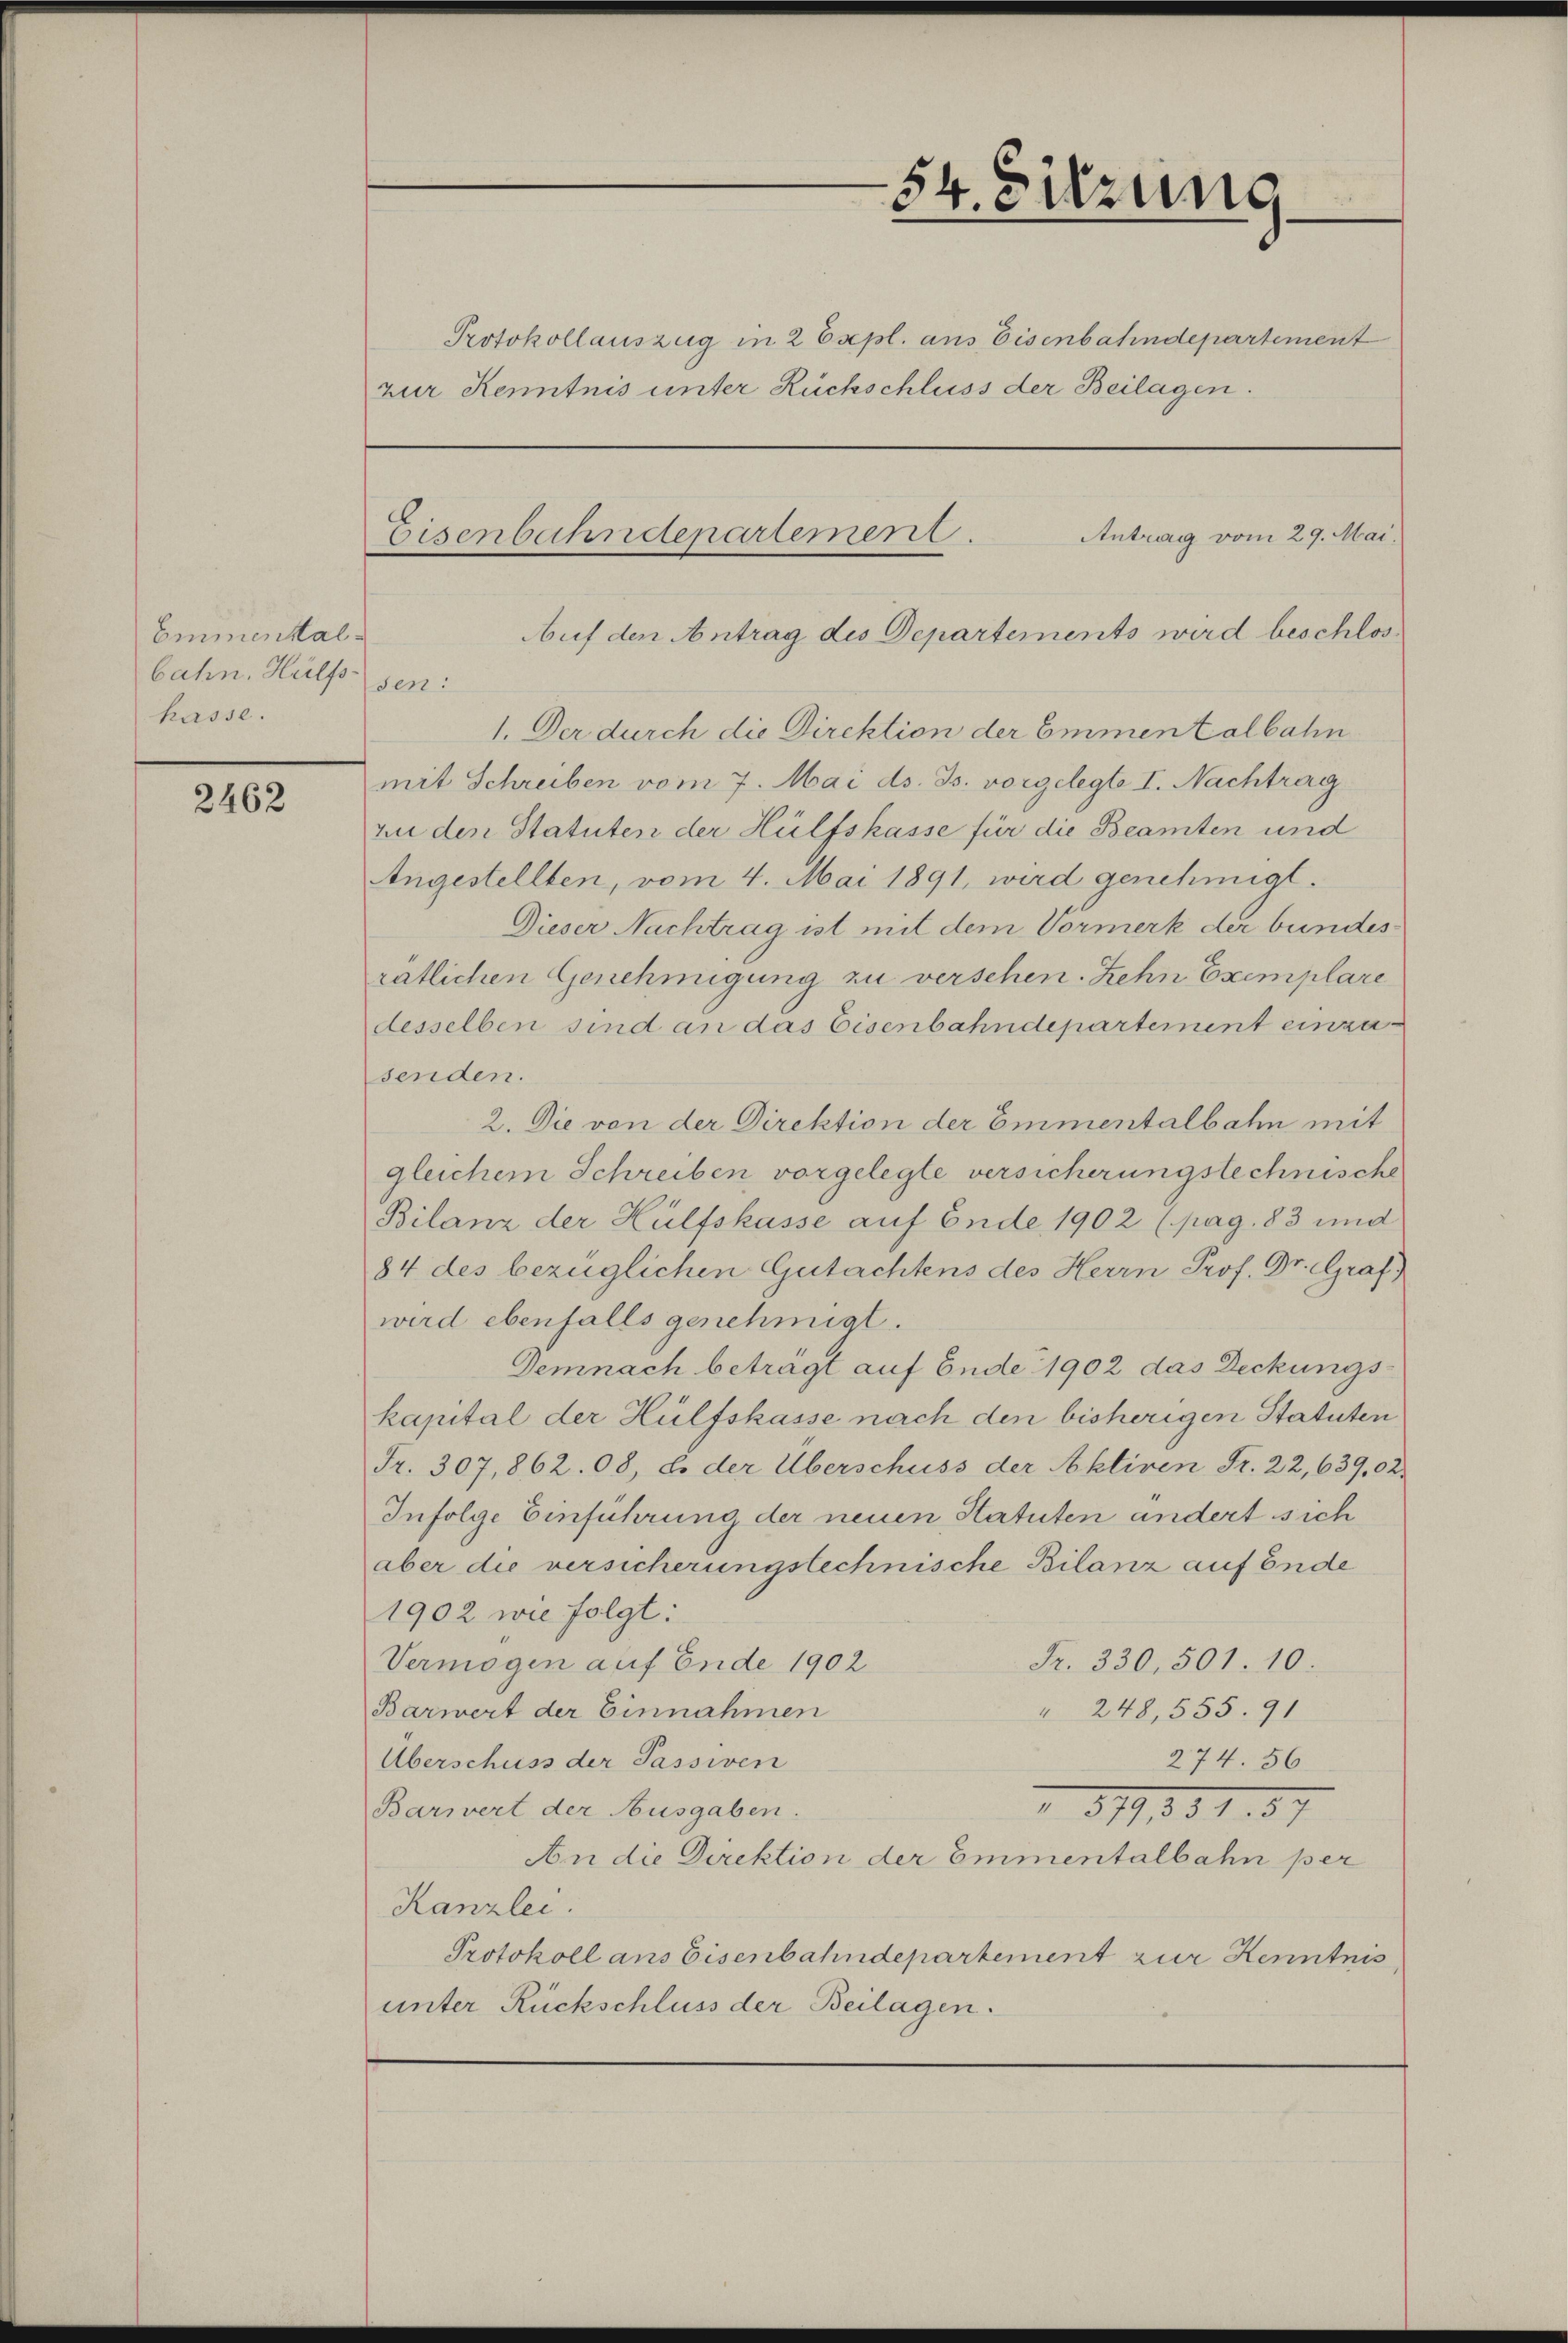
Emmental
bahn. Hülfssen:
kasse.

2462

Protokollauszug in 2 Expl. aus Eisenbahndepartement
zur Kenntnis unter Rückschluss der Beilagen.

54. Sitzung

1. Der durch die Direktion der Emmentalbahn
mit Schreiben vom 7. Mai d. Js. vorgelegte I. Nachtrag
ui den Statuten der Hülfskasse für die Beamten und
Angestellten, vom 4. Mai 1891, wird genehmigt.
Dieser Nachtrag ist mit dem Vormerk der bundesrätlichen Genehmigung zu verschen. Zehn Exemplare
desselben sind an das Eisenbahndepartement einzusenden.
2. Die von der Direktion der Emmentalbahn mit
gleichem Schreiben vorgelegte versicherungstechnische
Bilanz der Hülfskasse auf Ende 1902 (pag. 83 und
84 des bezüglichen Gutachtens des Herrn Prof. Dr. Graf
wird ebenfalls genehmigt.
Demnach beträgt auf Ende 1902 das Deckungs-
kapital der Hülfskasse nach den bisherigen Statuten
Fr. 307,862. 08, es der Überschuss der Aktiven Fr. 22, 639,02
Infolge Einführung der neuen Statuten andert sich
aber die versicherungstechnische Bilanz auf Ende
1902 wie folgt:
Vermögen auf Ende 1902
Fr. 330, 501. 10.
Barwert der Einnahmen
 248, 555. 91
Überschuss der Passiven
274. 56
 519, 1851
Barwert der Ausgaben.
An die Direktion der Emmentalbahn per
Kanzlei.
Protokoll ans Eisenbahndepartement zur Kenntnis
unter Rückschluss der Beilagen.

Antrag vom 29. Mai.
Eisenbahndepartement.
Auf den Antrag des Departements wird beschlos¬